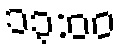
၁၃:၀၀